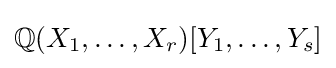
\mathbb {Q} (X_{1},\ldots ,X_{r})[Y_{1},\ldots ,Y_{s}]